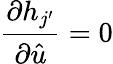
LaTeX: \frac{\partial h_{j^{\prime}}}{\partial\hat{u}}=0